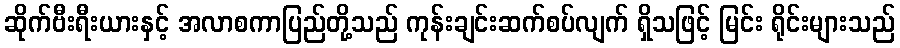
ဆိုက်ဗီးရီးယားနှင့် အလာစကာပြည်တို့သည် ကုန်းချင်းဆက်စပ်လျက် ရှိသဖြင့် မြင်း ရိုင်းများသည်